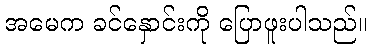
အမေက ခင်နှောင်းကို ပြောဖူးပါသည်။